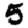
Digit: 5